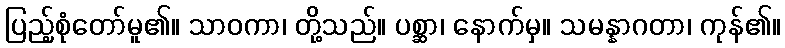
ပြည့်စုံတော်မူ၏။ သာဝကာ၊ တို့သည်။ ပစ္ဆာ၊ နောက်မှ။ သမန္နာဂတာ၊ ကုန်၏။